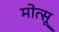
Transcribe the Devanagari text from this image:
मोत्सू